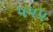
૫૫૫